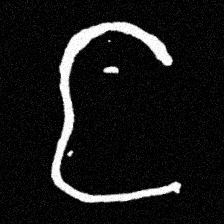
Pyu character \u2014 Myanmar letter: င (romanized: nga)